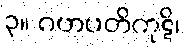
၃။ ဂဟပတိကုဋိ၊